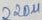
Text: 220u